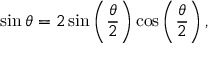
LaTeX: \sin \theta = 2 \sin \left( { \frac { \theta } { 2 } } \right) \cos \left( { \frac { \theta } { 2 } } \right) ,